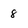
Character: 8